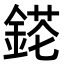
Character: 𨨉